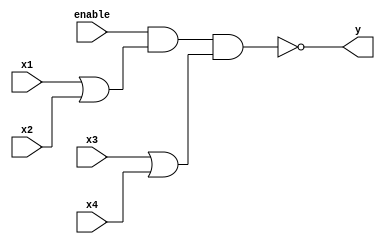
module or_nand (y, enable, x1, x2, x3, x4);
  output y;
  input 	enable, x1, x2, x3, x4;

  assign y = ~(enable & (x1 | x2) & (x3 | x4));
endmodule